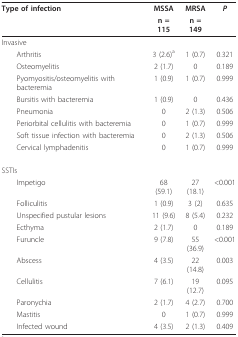
<table><thead><tr><td><b>Type of infection</b></td><td><b>MSSA</b></td><td><b>MRSA</b></td><td><b><i>P</i></b></td></tr><tr><td></td><td><b>n = 115</b></td><td><b>n = 149</b></td><td></td></tr></thead><tbody><tr><td>Invasive</td><td></td><td></td><td></td></tr><tr><td> Arthritis</td><td>3 (2.6)<sup>a</sup></td><td>1 (0.7)</td><td>0.321</td></tr><tr><td> Osteomyelitis</td><td>2 (1.7)</td><td>0</td><td>0.189</td></tr><tr><td> Pyomyositis/osteomyelitis with bacteremia</td><td>1 (0.9)</td><td>1 (0.7)</td><td>0.999</td></tr><tr><td> Bursitis with bacteremia</td><td>1 (0.9)</td><td>0</td><td>0.436</td></tr><tr><td> Pneumonia</td><td>0</td><td>2 (1.3)</td><td>0.506</td></tr><tr><td> Periorbital cellulitis with bacteremia</td><td>0</td><td>1 (0.7)</td><td>0.999</td></tr><tr><td> Soft tissue infection with bacteremia</td><td>0</td><td>2 (1.3)</td><td>0.506</td></tr><tr><td> Cervical lymphadenitis</td><td>0</td><td>1 (0.7)</td><td>0.999</td></tr><tr><td>SSTIs</td><td></td><td></td><td></td></tr><tr><td> Impetigo</td><td>68 (59.1)</td><td>27 (18.1)</td><td>&lt; 0.001</td></tr><tr><td> Folliculitis</td><td>1 (0.9)</td><td>3 (2)</td><td>0.635</td></tr><tr><td> Unspecified pustular lesions</td><td>11 (9.6)</td><td>8 (5.4)</td><td>0.232</td></tr><tr><td> Ecthyma</td><td>2 (1.7)</td><td>0</td><td>0.189</td></tr><tr><td> Furuncle</td><td>9 (7.8)</td><td>55 (36.9)</td><td>&lt; 0.001</td></tr><tr><td> Abscess</td><td>4 (3.5)</td><td>22 (14.8)</td><td>0.003</td></tr><tr><td> Cellulitis</td><td>7 (6.1)</td><td>19 (12.7)</td><td>0.095</td></tr><tr><td> Paronychia</td><td>2 (1.7)</td><td>4 (2.7)</td><td>0.700</td></tr><tr><td> Mastitis</td><td>0</td><td>1 (0.7)</td><td>0.999</td></tr><tr><td> Infected wound</td><td>4 (3.5)</td><td>2 (1.3)</td><td>0.409</td></tr></tbody></table>